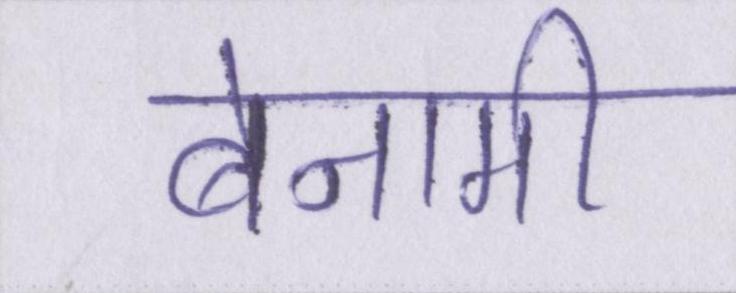
बेनामी